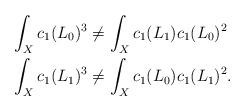
LaTeX: \begin{align*}\begin{aligned}\int_X c_1(L_0)^3 &\neq \int_X c_1(L_1)c_1(L_0)^2\quad\\\int_X c_1(L_1)^3 &\neq \int_X c_1(L_0)c_1(L_1)^2.\end{aligned}\end{align*}